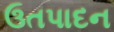
ઉતપાદન